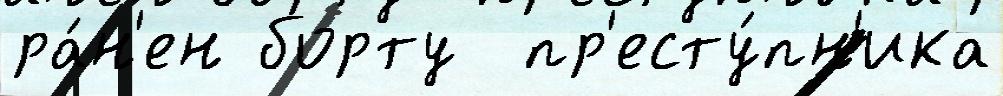
ра́н'ен борту  пр'есту́пн'ика